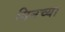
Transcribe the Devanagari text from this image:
यिनच्या